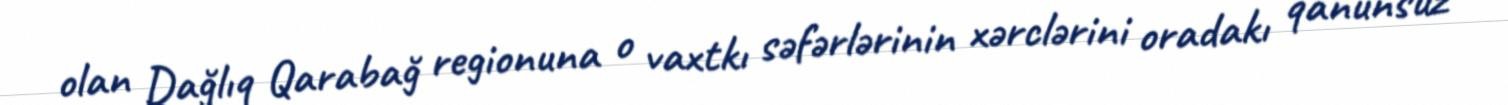
olan Dağlıq Qarabağ regionuna o vaxtkı səfərlərinin xərclərini oradakı qanunsuz